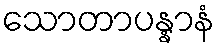
သောတာပန္နာနံ